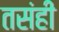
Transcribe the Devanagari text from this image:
तसंही